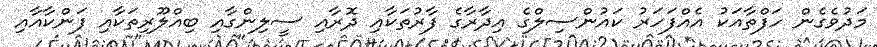
މަދުވެގެން ހަފްތާއަކު އެއްފަހަރު ކައުންސިލްގެ އިދާރާގެ ފާރުތަކާއި ދޮރާއި ސީލިންގާއި ބިއްލޫރިތަކާއި ފަންކާއާއި